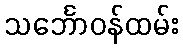
သင်္ဘောဝန်ထမ်း